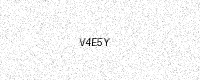
Text: V4E5Y